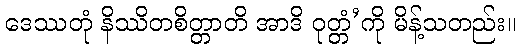
ဒေဿတုံ နိဿိတစိတ္တာတိ အာဒိ ဝုတ္တံ’ကို မိန့်သတည်း။